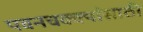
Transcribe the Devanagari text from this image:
पवनचक्क्यांसाठी